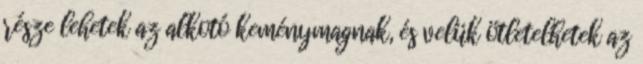
része lehetek az alkotó keménymagnak, és velük ötletelhetek az